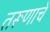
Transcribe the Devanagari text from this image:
तरूणाचे